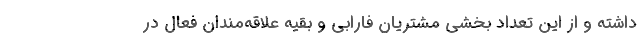
داشته و از این تعداد بخشی مشتریان فارابی و بقیه علاقه‌مندان فعال در